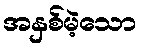
အနှစ်မဲ့သော